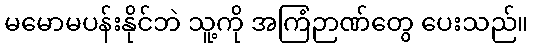
မမောမပန်းနိုင်ဘဲ သူ့ကို အကြံဉာဏ်တွေ ပေးသည်။